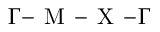
\Gamma \! - \! \mathrm { ~ M ~ } \! - \! \mathrm { ~ X ~ } \! - \! \Gamma